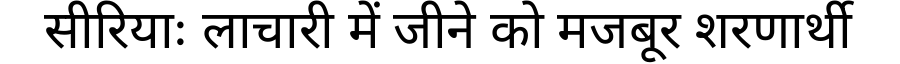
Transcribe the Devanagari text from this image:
सीरियाः लाचारी में जीने को मजबूर शरणार्थी